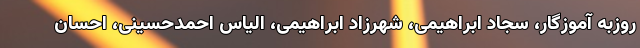
روزبه آموزگار، سجاد ابراهیمی، شهرزاد ابراهیمی، الیاس احمدحسینی، احسان